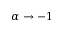
\alpha \to - 1